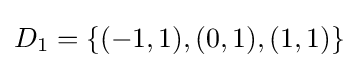
D_{1}=\{(-1,1),(0,1),(1,1)\}